Indian journal of veterinary science and animal husbandry - Volume 4,
Year: 1934
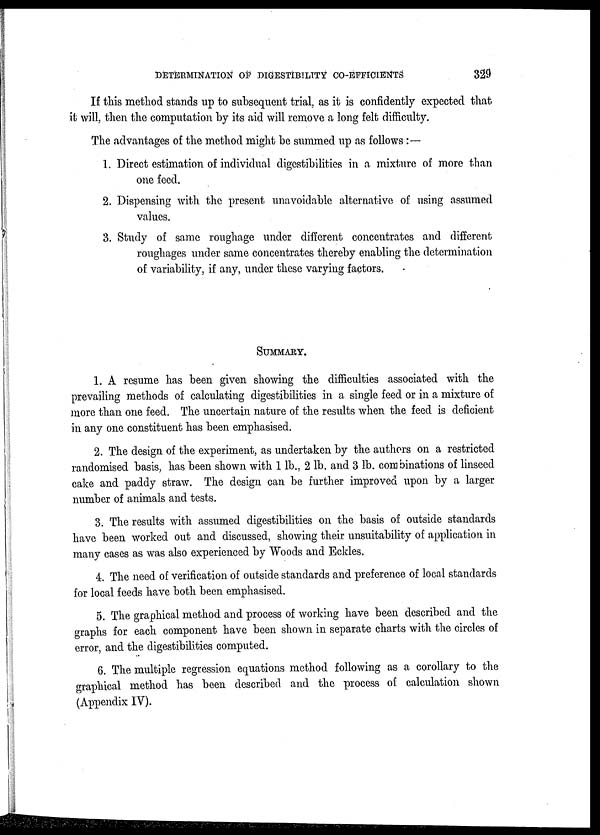
DETERMINATION OF DIGESTIBILITY CO-EFFICIENTS
329
If this method stands up to subsequent trial, as it is confidently expected that
it will, then the computation by its aid will remove a long felt difficulty.
The advantages of the method might be summed up as follows :—
1. Direct estimation of individual digestibilities in a mixture of more than
one feed.
2. Dispensing with the present unavoidable alternative of using assumed
values.
3. Study of same roughage under different concentrates and different
roughages under same concentrates thereby enabling the determination
of variability, if any, under these varying factors.
SUMMARY.
1. A resume has been given showing the difficulties associated with the
prevailing methods of calculating digestibilities in a single feed or in a mixture of
more than one feed. The uncertain nature of the results when the feed is deficient
in any one constituent has been emphasised.
2. The design of the experiment, as undertaken by the authors on a restricted
randomised basis, has been shown with 1 lb., 2 lb. and 3 lb. combinations of linseed
cake and paddy straw. The design can be further improved upon by a larger
number of animals and tests.
3. The results with assumed digestibilities on the basis of outside standards
have been worked out and discussed, showing their unsuitability of application in
many cases as was also experienced by Woods and Eckles.
4. The need of verification of outside standards and preference of local standards
for local feeds have both been emphasised.
5. The graphical method and process of working have been described and the
graphs for each component have been shown in separate charts with the circles of
error, and the digestibilities computed.
6. The multiple regression equations method following as a corollary to the
graphical method has been described and the process of calculation shown
(Appendix IV).